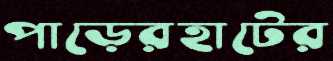
পাড়েরহাটের